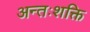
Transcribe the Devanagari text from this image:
अन्तःशक्ति